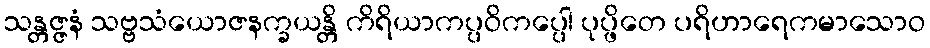
သန္တဇ္ဇနံ သဗ္ဗသံယောဇနက္ခယန္တိ ကိရိယာကပ္ပဝိကပ္ပေါ ပုပ္ဖိတေ ပရိဟာရေကမာသောဝ